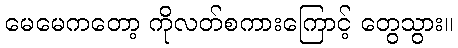
မေမေကတော့ ကိုလတ်စကားကြောင့် တွေသွား။